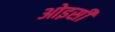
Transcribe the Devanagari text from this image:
ओइसी